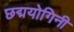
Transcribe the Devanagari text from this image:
छद्मयोगिनी